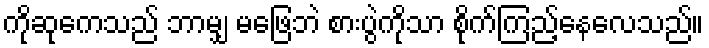
ကိုဆုကေသည် ဘာမျှ မဖြေဘဲ စားပွဲကိုသာ စိုက်ကြည့်နေလေသည်။